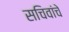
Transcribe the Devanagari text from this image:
सचिवांचे